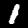
Digit: 1